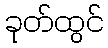
ခုတ်ထွင်